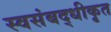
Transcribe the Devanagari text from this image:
स्वसंबद्धीकृत